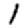
Digit: 1